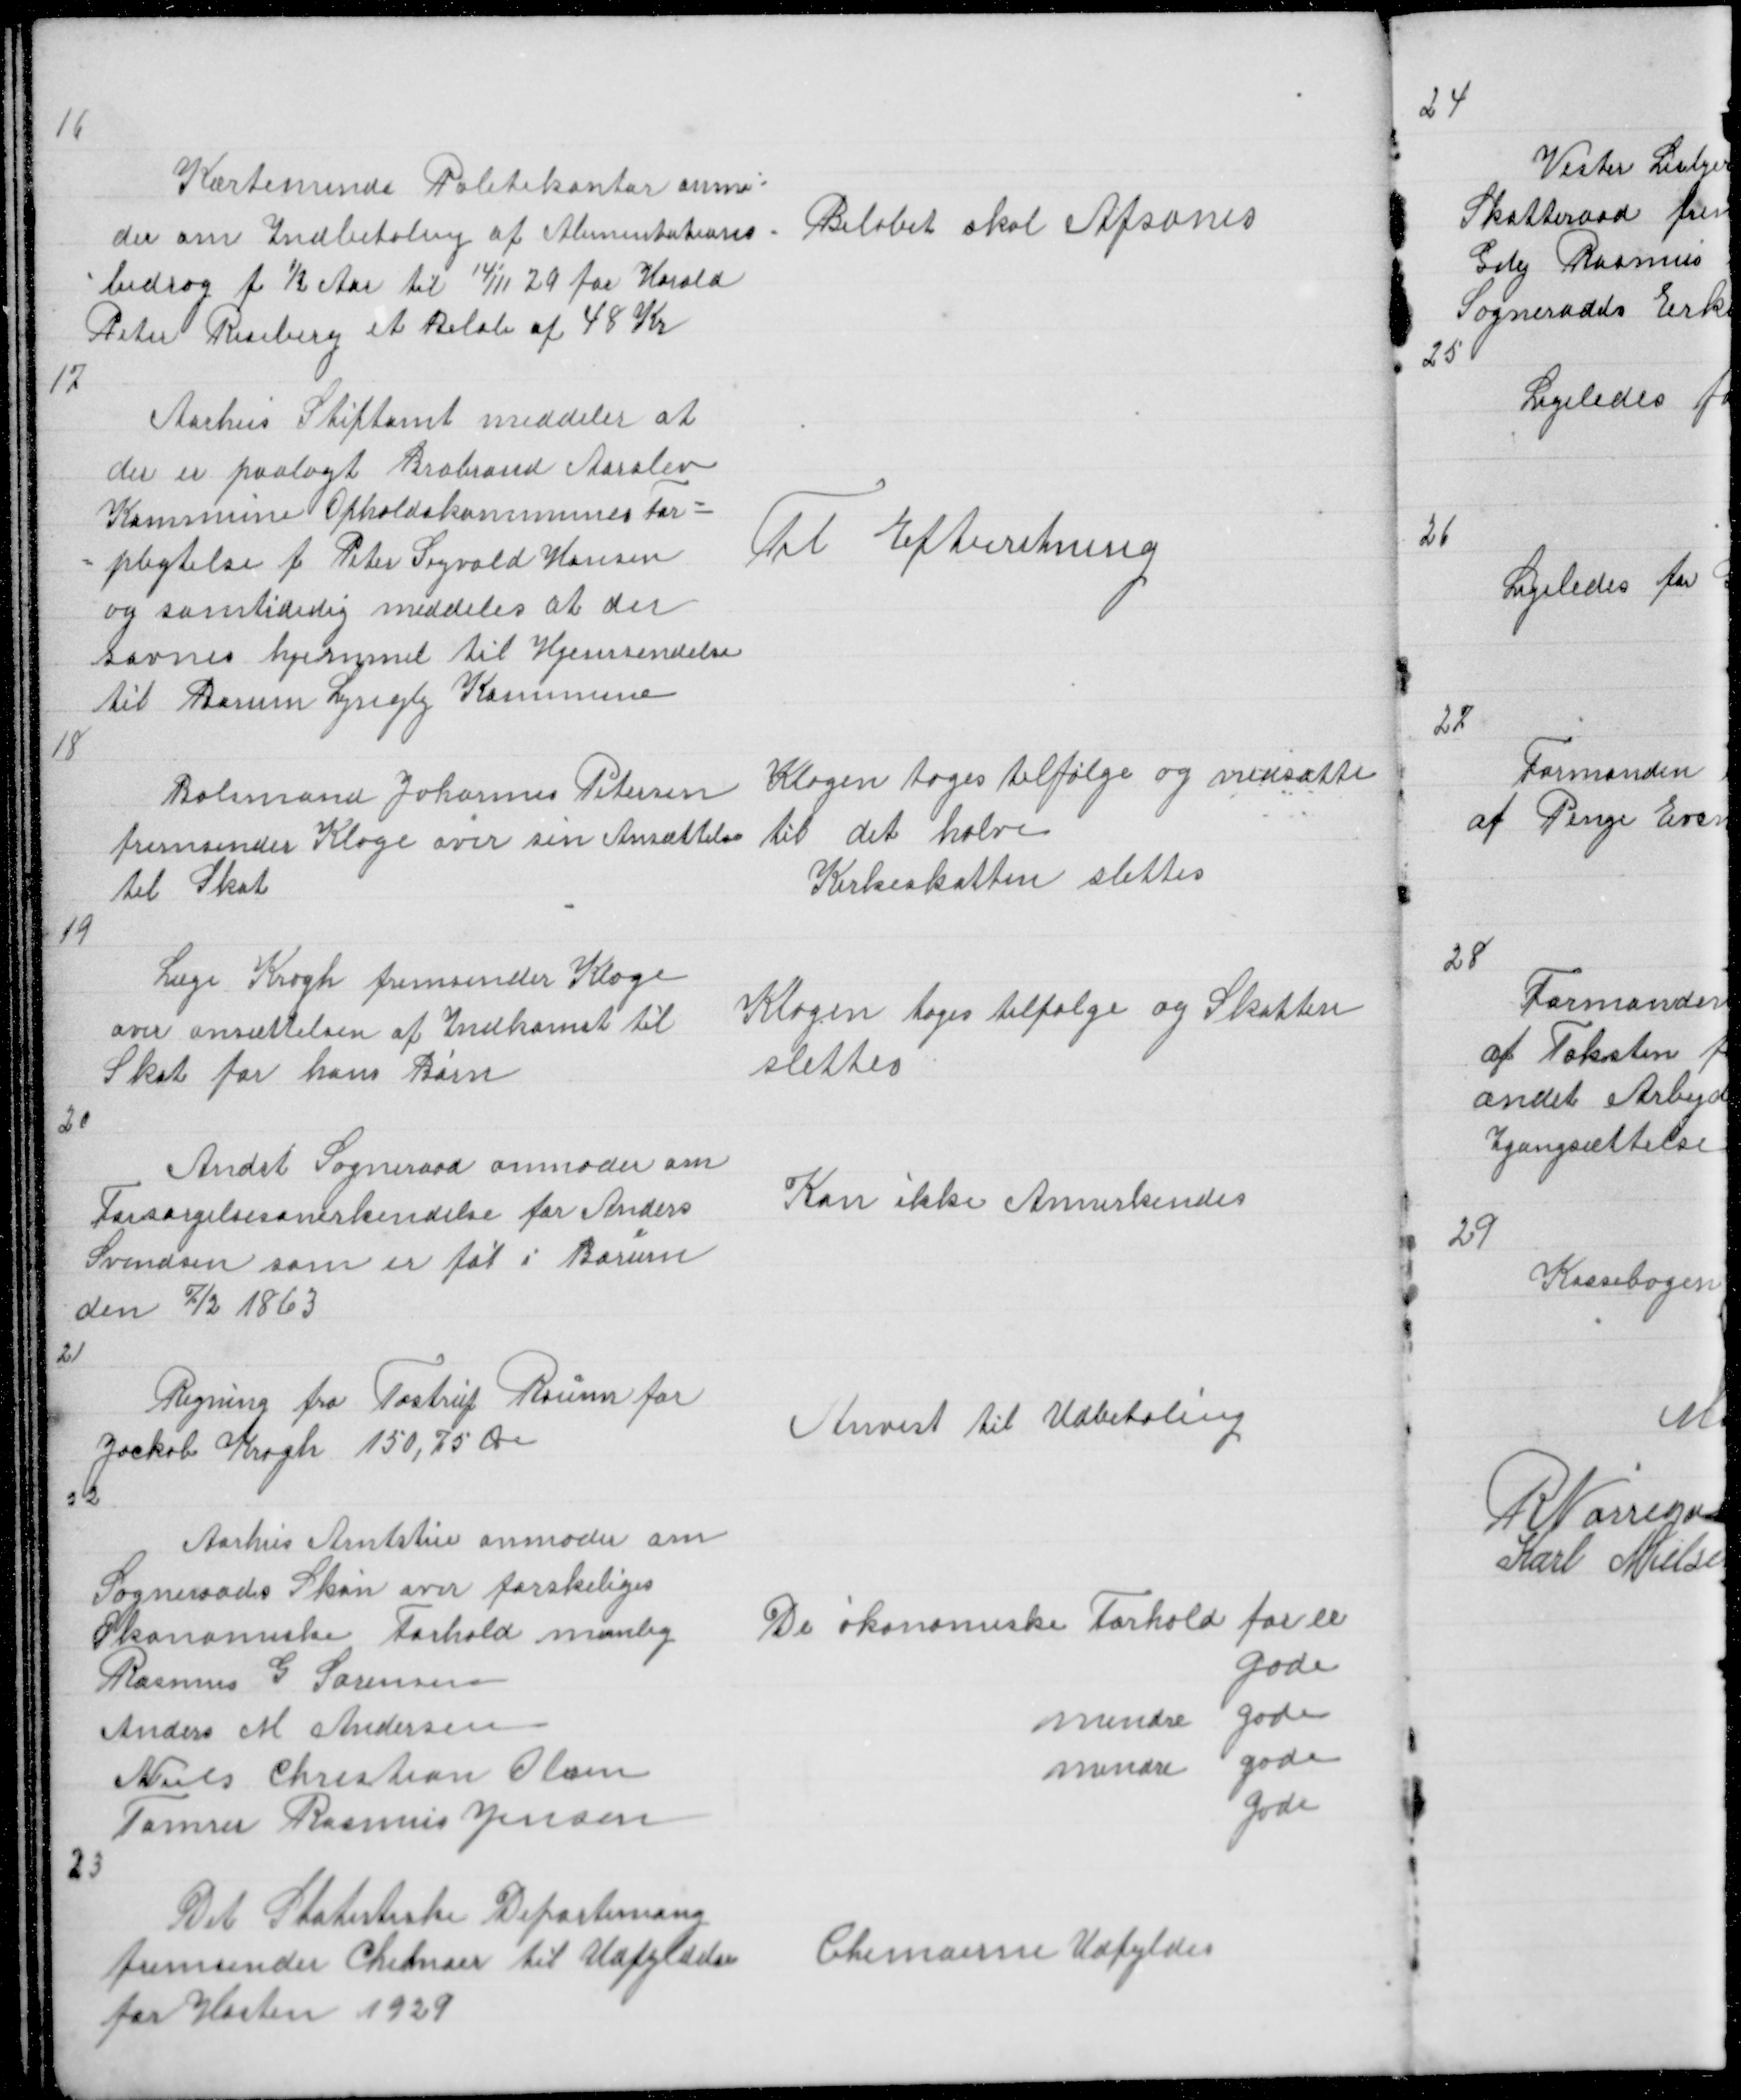
Transskription:
16

Kærteminde Politikontor anmo =
der om Indbetaling af Alimentations =
= bidrag f ½ Aar til 14/11 29 for Harald
Peter Riseberg et Beløb af 48 Kr

Beløbet skal Afsones

17

Aarhus Stiftamt meddeler at
der er paalagt Brabrand Aarslev
Kommune Opholdskommunens For =
= pligtelse f Peter Sigvald Hansen
og samtidig meddeles at der
savnes hjemmel til Hjemsendelse
til Borum Lyngby Kommune
18

Til Efterretning

Bolsmand Johannes Petersen
fremsender Klage over sin Ansættelse
til Skat

Klagen tages tilfølge og nedsætte
til det halve
Kirkeskatten slettes

19

Læge Krogh fremsender Klage
over ansættelsen af Indkomst til
Skat for hans Børn

Klagen tages tilfølge og Skatten
slettes

20

Andst Sogneraad anmoder om
Forsørgelsesanerkendelse for Anders
Svendsen som er føt i Borum
den 7/2 1863

Kan ikke Annerkendes

21

Regning fra Tostrup Roum for
Jacob Krogh 150,75 Øre
22

Anvist til Udbetaling

Aarhus Amtstue anmoder om
Sogneraads Skøn over forskelliges
økonomiske Forhold næmlig
Rasmus G Sørensen
Anders M Andersen
Niels Christian Olsen
Tømrer Rasmus Jensen

De økonomiske Forhold for er
gode
mindre gode
mindre gode
gode

23

Det Statistiske Departemang
fremsender Chemaer til Udfyldelse
for Høsten 1929

Chemaerne Udfyldes